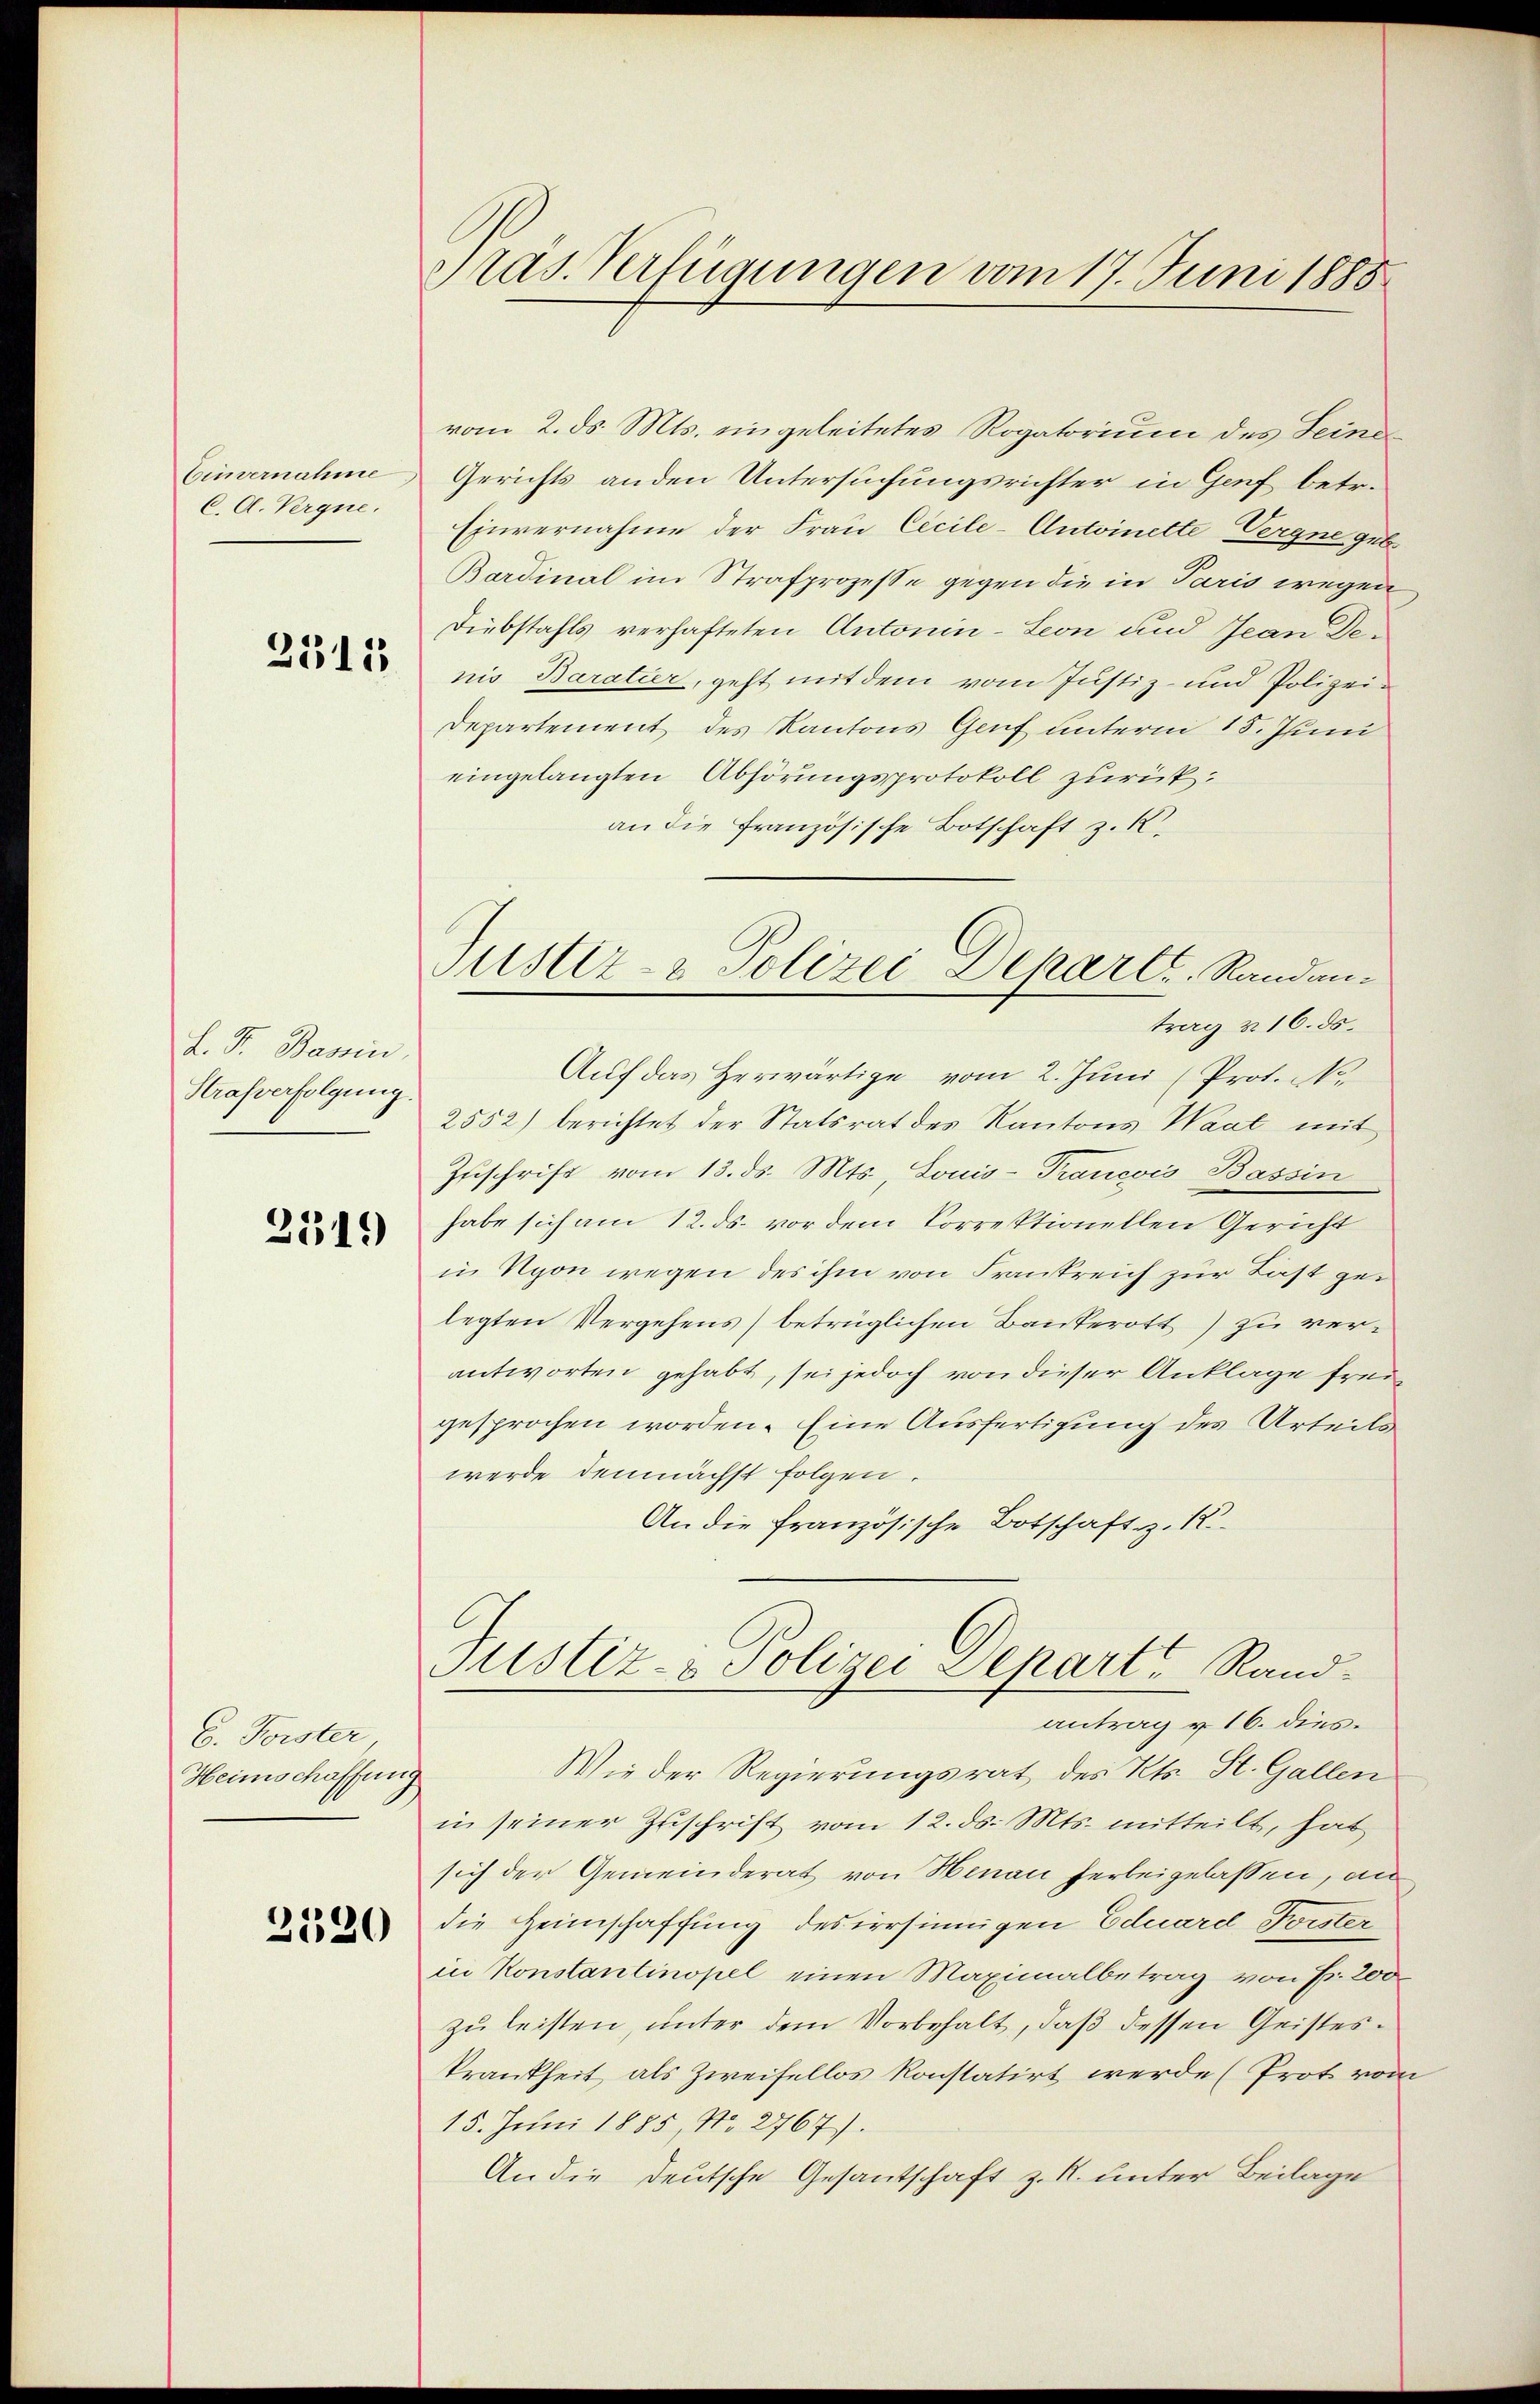
Einvernahme
C. A. Vergne.

2315

L. Fr. Bassin.
Strafverfolgung

234.

b. Forster
Heimschaffun

2320

Pras. Verfügungen vom 17. Juni 1888

vom 2. ds. Mts. eingeleitetes Rogatorium des Seine
Gerichts anden Untersuchungsrichter in Genf betr.
Einvernahme der Frau Cicile-Antoinette Vergne geb
Bardinal im Strafprozesse gegen die in Paris wegen
Diebstahls verhafteten Antonin-Leon und Jean Denis Baratier, geht mit dem vom Justiz- und Polizei¬
Departement des Kantons Genf unterm 15. Juni
eingelangten Abhörungsprotokoll zurückan die Französische Botschaft z. R.
trag u. 16. ds.
Auf das Herwärtige vom 2. Juni (Prot. No.
2552) berichtet der Statsrat des Kantons Waal mit
Zuschrift vom 13. ds. Mts., Louis-Trancois Bassin
habe sich am 12. ds. vor dem Korrektionellen Gericht
in Nyon wegen des ihm von Frankreich zur Last gelegten Vergehens) betrüglichen Bankerott) zu verantworten gehabt, sei jedoch von dieser Anklage freigesprochen worden. Eine Ausfertigung des Urteils
werde demnächst folgen.
An die französische Botschaft z. R.
Justiz- & Polizei Depart Randantrag v. 16. dies
Wie der Regierungsrat des Kts. St. Gallen
in seiner Zuschrift vom 12. ds. Mts. mitteilt, hat
sich der Gemeinderat von Hinau herbeigelassen, an
die Heimschaffung desirrsinnigen Eduard Forster
in Konstantinopel einen Maximalbetrag von Fr. 200
zu leisten, unter dem Vorbehalt, daß dessen Geisteskrankheit als Zweifellos konstatirt werde (Prot von
15. Juni 1885, Nr. 2767).
An die deutsche Gesantschaft z. R. unter Beilage

Justiz- & Polizei Departe. Randan¬